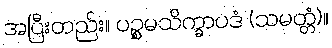
အပြီးတည်း။ ပဉ္စမသိက္ခာပဒံ (သမတ္တံ)။